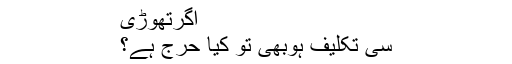
اگرتھوڑی
سی تکلیف ہوبھی تو کیا حَرَج ہے؟